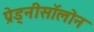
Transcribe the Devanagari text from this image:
प्रेड्नीसॉलोन